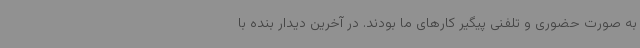
به صورت حضوری و تلفنی پیگیر کارهای ما بودند. در آخرین دیدار بنده با